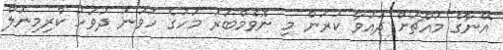
އޭނާގެ މައްޗަށް ދައުވާ ކުރަން މި ނޮވެމްބަރު މަހުގެ ހަވަނަ ދުވަހު ކްރިމިނަލް